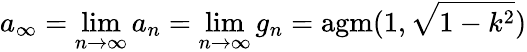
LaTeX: a_{\infty}=\operatorname*{lim}_{n\to\infty}a_{n}=\operatorname*{lim}_{n\to\infty}g_{n}=\operatorname{agm}(1,{\sqrt{1-k^{2}}})